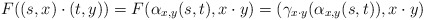
\begin{align*}F((s,x)\cdot (t,y))=F(\alpha_{x,y}(s,t),x\cdot y)=(\gamma_{x\cdot y}(\alpha_{x,y}(s,t)),x\cdot y)\end{align*}